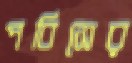
পবিসের